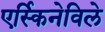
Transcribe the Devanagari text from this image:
एर्स्किनेविले